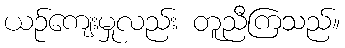
ယဉ်ကျေးမှုလည်း တူညီကြသည်။